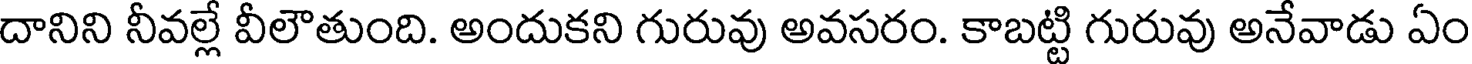
దానిని నీవల్లే వీలౌతుంది. అందుకని గురువు అవసరం. కాబట్టి గురువు అనేవాడు ఏం